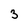
Character: 3